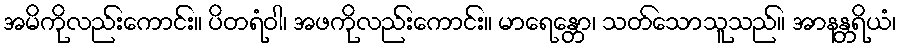
အမိကိုလည်းကောင်း။ ပိတရံဝါ၊ အဖကိုလည်းကောင်း။ မာရေန္တော၊ သတ်သောသူသည်။ အာနန္တရိယံ၊